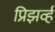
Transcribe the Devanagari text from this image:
प्रिझर्व्ह